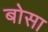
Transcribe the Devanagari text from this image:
बोसा